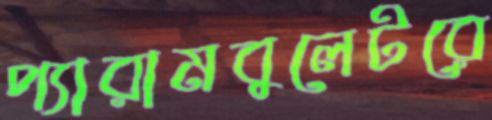
প্যারামবুলেটরে